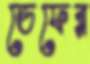
ডেফের